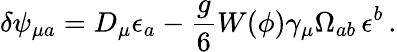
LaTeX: \delta\psi_{\mu a}=D_{\mu}\epsilon_{a}-\frac{g}{6}W(\phi)\gamma_{\mu}\Omega_{ab}\, \epsilon^{b}\, .